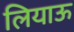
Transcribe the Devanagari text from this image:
लियाऊ